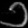
Digit: ၁